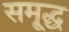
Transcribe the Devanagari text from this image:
समृ्द्ध